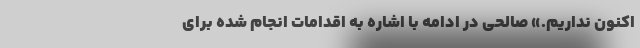
اکنون نداریم.» صالحی در ادامه با اشاره به اقدامات انجام شده برای